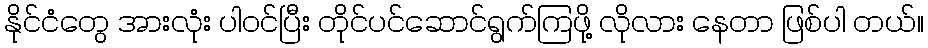
နိုင်ငံတွေ အားလုံး ပါဝင်ပြီး တိုင်ပင်ဆောင်ရွက်ကြဖို့ လိုလား နေတာ ဖြစ်ပါ တယ်။